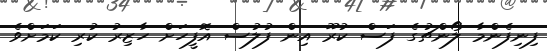
ފިނިފެންމާ ލޯންޗުގެ ފަސް ކުރޫ އިން ފުލުސް އޮފީހަށް ހާޒިރު ކުރި ކަމަށްވެ